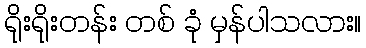
ရိုးရိုးတန်း တစ် ခုံ မှန်ပါသလား။